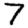
Digit: 7